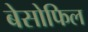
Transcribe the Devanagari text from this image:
बेसोफिल